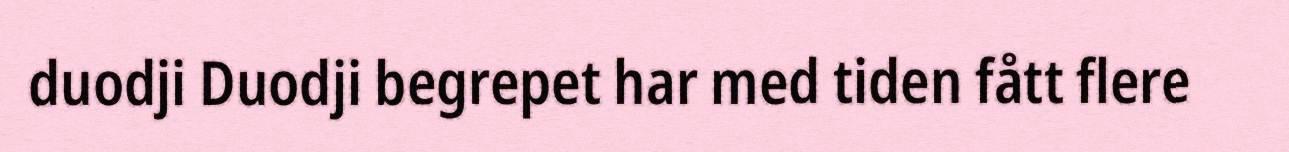
duodji Duodji begrepet har med tiden fått flere